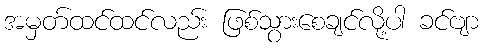
အမှတ်ထင်ထင်လည်း ဖြစ်သွားစေချင်လို့ပါ ခင်ဗျာ